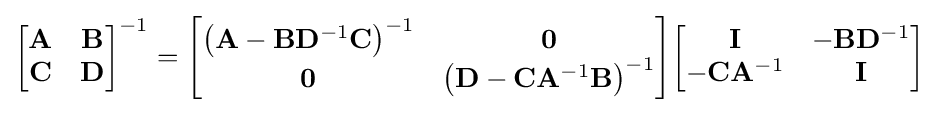
{\begin{bmatrix}\mathbf {A} &\mathbf {B} \\\mathbf {C} &\mathbf {D} \end{bmatrix}}^{-1}={\begin{bmatrix}\left(\mathbf {A} -\mathbf {B} \mathbf {D} ^{-1}\mathbf {C} \right)^{-1}&\mathbf {0} \\\mathbf {0} &\left(\mathbf {D} -\mathbf {C} \mathbf {A} ^{-1}\mathbf {B} \right)^{-1}\end{bmatrix}}{\begin{bmatrix}\mathbf {I} &-\mathbf {B} \mathbf {D} ^{-1}\\-\mathbf {C} \mathbf {A} ^{-1}&\mathbf {I} \end{bmatrix}}